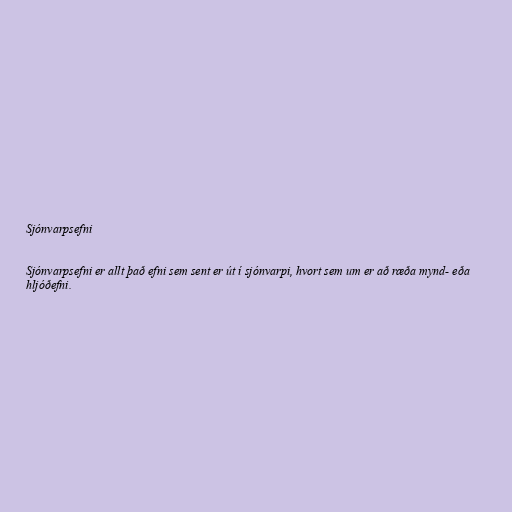
Sjónvarpsefni

Sjónvarpsefni er allt það efni sem sent er út í sjónvarpi, hvort sem um er að ræða mynd- eða
hljóðefni.